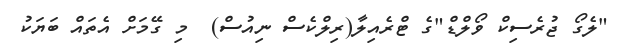
"ލެގޯ ޖުރެސިކް ވޯލްޑް"ގެ ޓްރެއިލާ(ރިލްކެސް ނިއުސް)  މި ގޭމަށް އެތައް ބަޔަކު